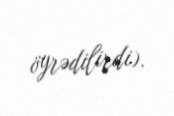
öyrədilirdi).